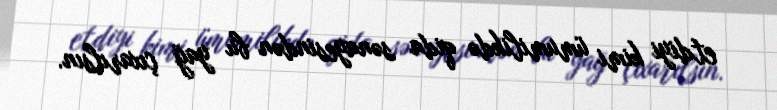
etdiyi kimi ümumilikdə qida sənayesindən bu yağ çıxarılsın.